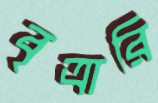
বৃত্রারি